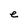
Character: e